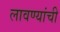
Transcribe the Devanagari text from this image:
लावण्यांची